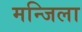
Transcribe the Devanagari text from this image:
मन्जिला